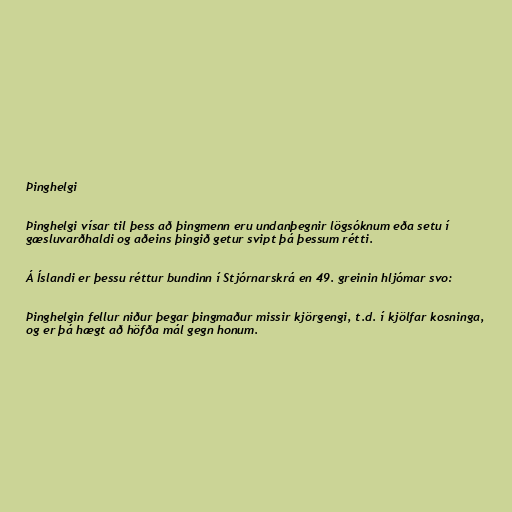
Þinghelgi

Þinghelgi vísar til þess að þingmenn eru undanþegnir lögsóknum eða setu í
gæsluvarðhaldi og aðeins þingið getur svipt þá þessum rétti.

Á Íslandi er þessu réttur bundinn í Stjórnarskrá en 49. greinin hljómar svo:

Þinghelgin fellur niður þegar þingmaður missir kjörgengi, t.d. í kjölfar kosninga,
og er þá hægt að höfða mál gegn honum.